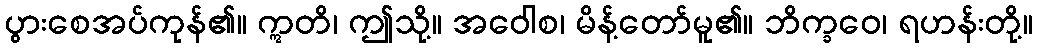
ပွားစေအပ်ကုန်၏။ ဣတိ၊ ဤသို့။ အဝေါစ၊ မိန့်တော်မူ၏။ ဘိက္ခဝေ၊ ရဟန်းတို့။